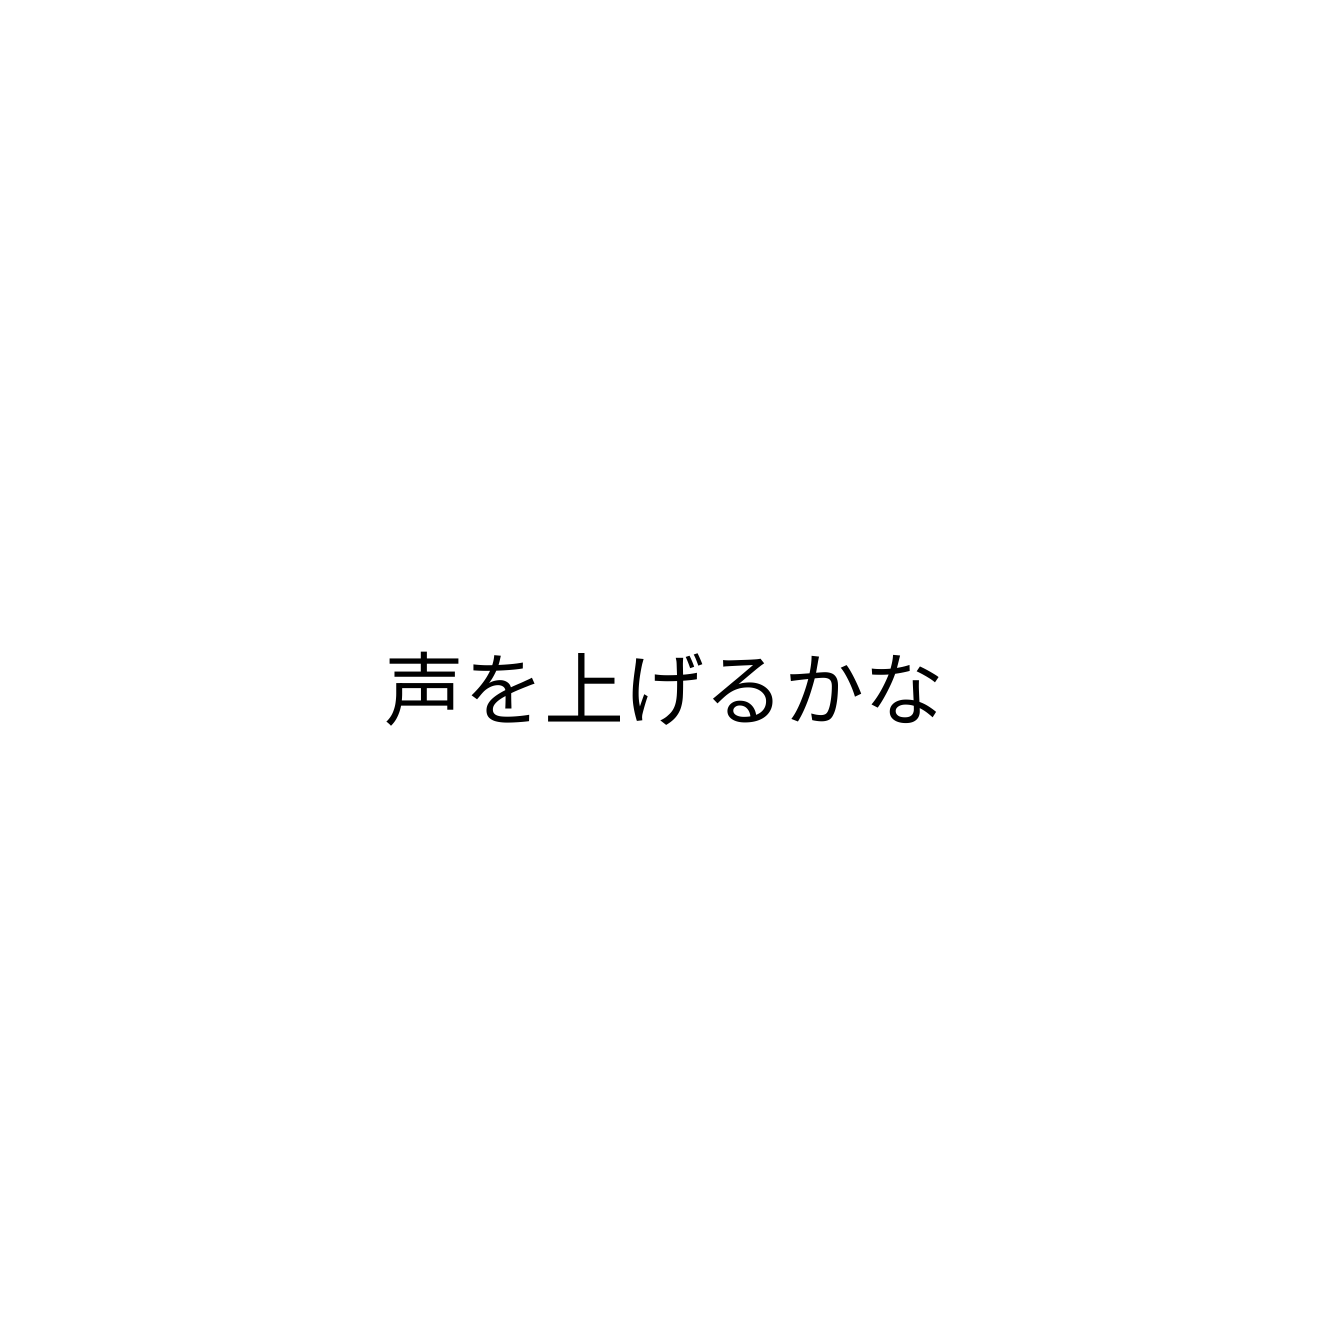
声を上げるかな